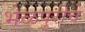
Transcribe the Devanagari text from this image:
भेळपुरीचे